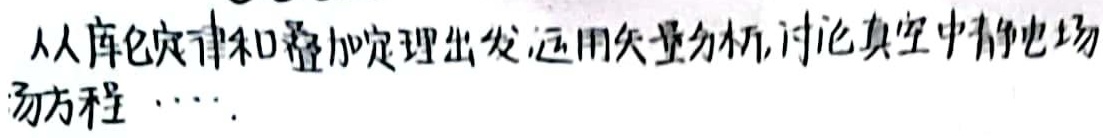
从库仑定律和叠加定理出发,运用矢量分析,讨论真空中静电场场方程 $\cdots$.